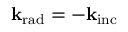
\mathbf { k } _ { \mathrm { { r a d } } } = - \mathbf { k } _ { \mathrm { { i n c } } }